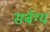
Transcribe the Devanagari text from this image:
सर्बग्य